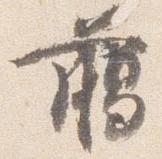
臈